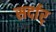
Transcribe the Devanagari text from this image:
सर्दार्